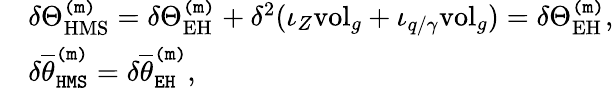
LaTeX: \begin{array}{rl}&{\delta\Theta_{\mathrm{HMS}}^{\mathtt{(m)}}=\delta\Theta_{\mathrm{EH}}^{\mathtt{(m)}}+\delta^{2}(\iota_{Z}\mathrm{vol}_{g}+\iota_{q/\gamma}\mathrm{vol}_{g})=\delta\Theta_{\mathrm{EH}}^{\mathtt{(m)}},}\\ &{\delta\overline{{\theta}}_{\mathtt{HMS}}^{\mathtt{(m)}}=\delta\overline{{\theta}}_{\mathtt{EH}}^{\mathtt{(m)}},}\end{array}